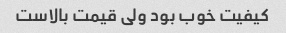
کیفیت خوب بود ولی قیمت بالاست